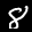
Label: 8